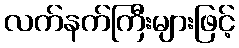
လက်နက်ကြီးများဖြင့်